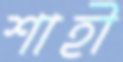
শাহী